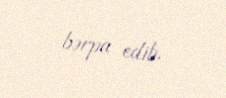
bərpa edib.